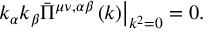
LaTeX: \left. k _ { \alpha } k _ { \beta } \bar { \Pi } ^ { \mu \nu , \alpha \beta } \left( k \right) \right| _ { k ^ { 2 } = 0 } = 0 .